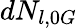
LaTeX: dN_{l,0G}